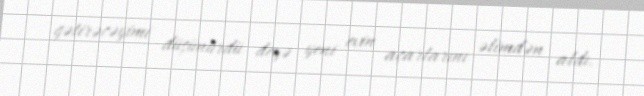
gətirəcəyimi düşünürdü deyə yeni evin açarlarını əlimdən aldı.